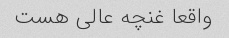
واقعا غنچه عالی هست